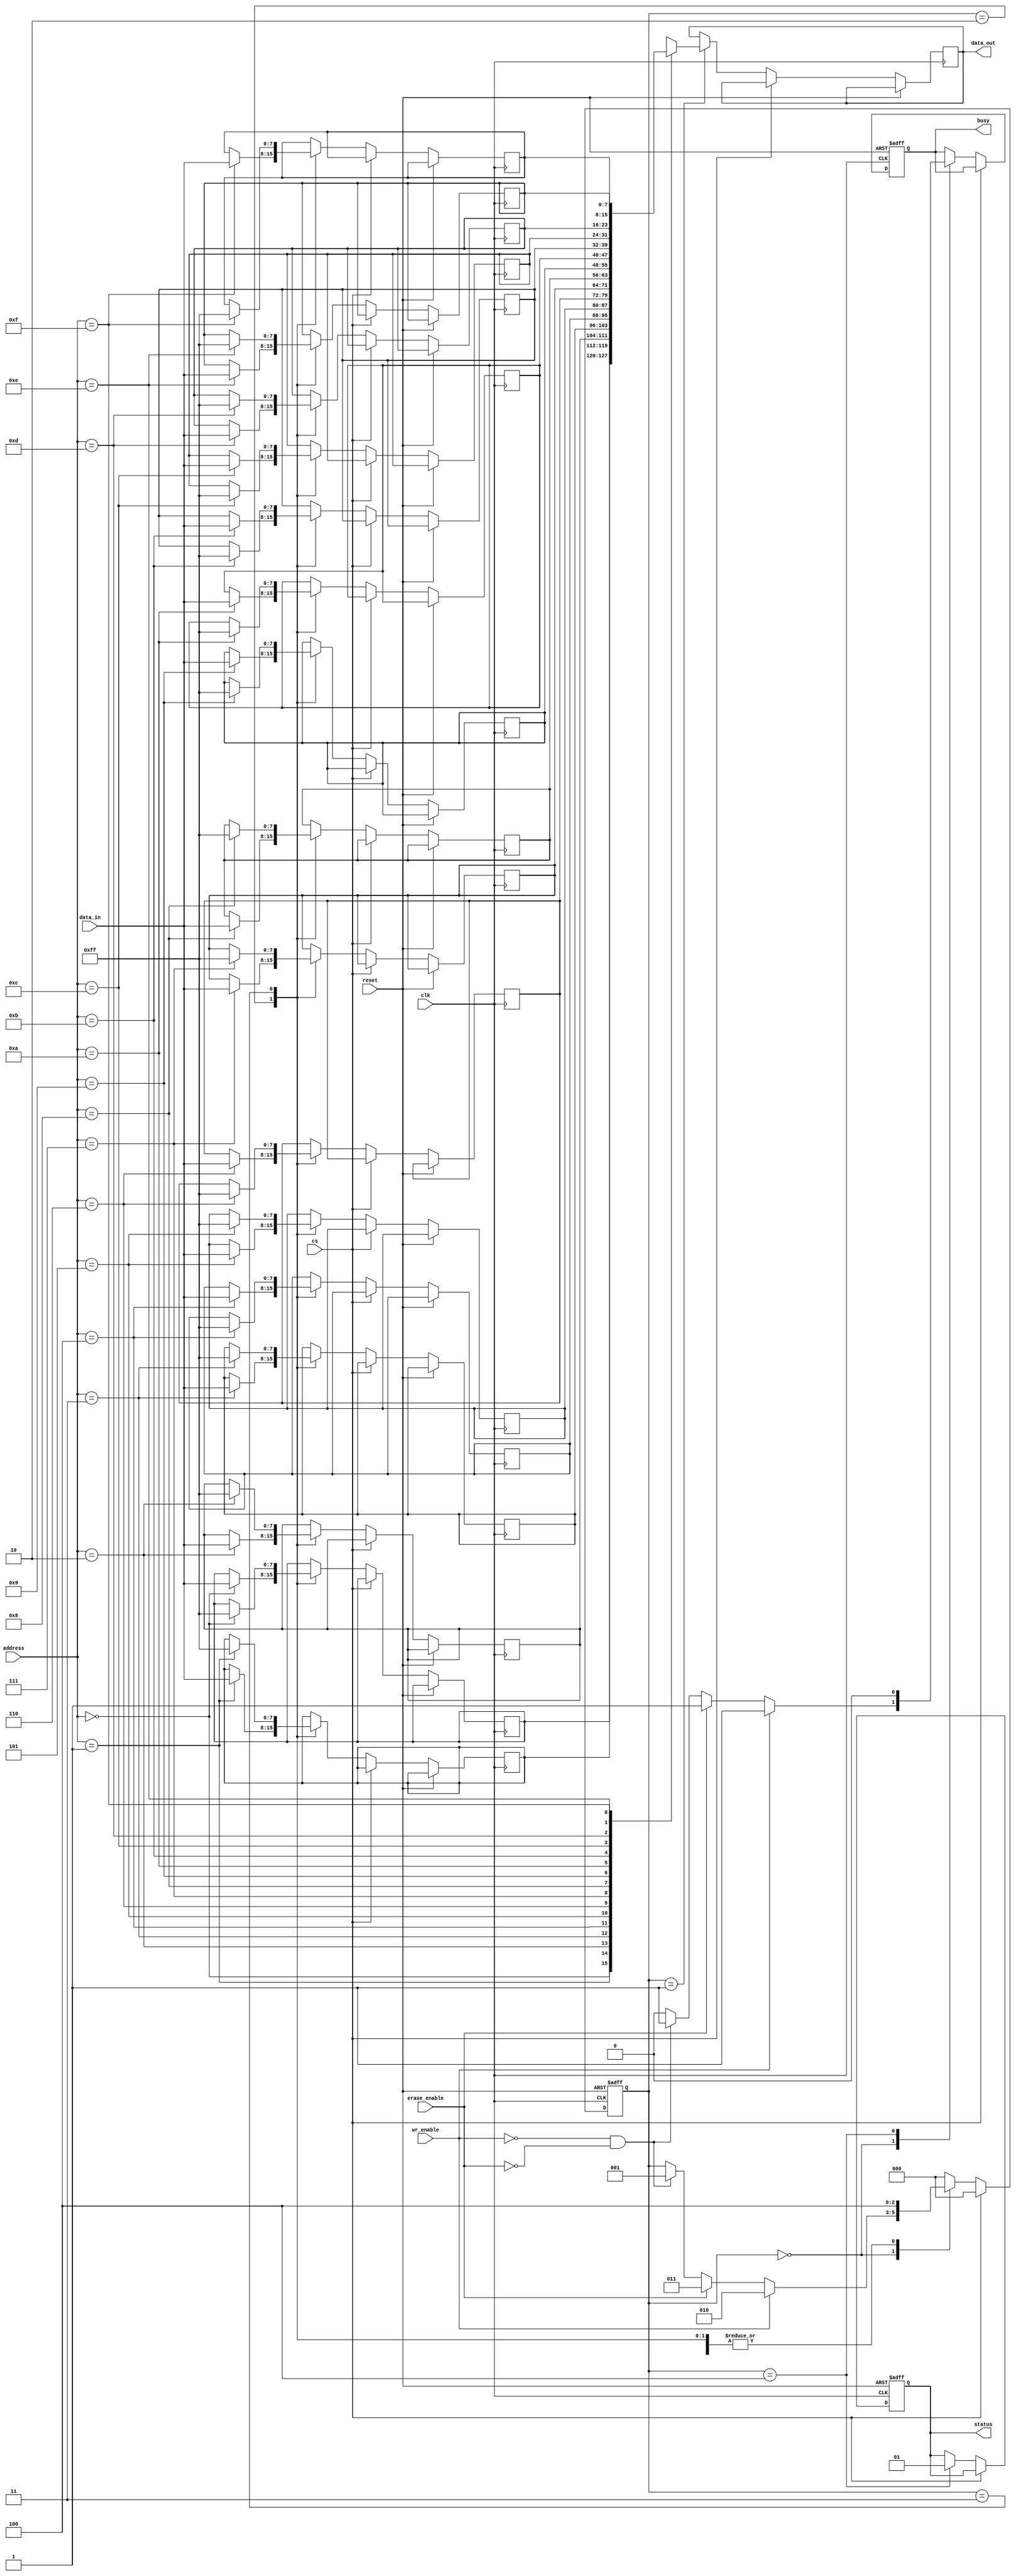
module FlashEEPROM(
    input wire clk,
    input wire reset,
    input wire cs, // Chip Select
    input wire [3:0] address, // 4-bit address bus, supports 16 locations
    input wire [7:0] data_in, // Input data bus for write operations
    input wire wr_enable, // Write enable signal
    input wire erase_enable, // Erase enable signal
    output reg [7:0] data_out, // Output data bus for read operations
    output reg busy, // Busy signal for operation status
    output reg [1:0] status // Status: 00 = idle, 01 = ready, 10 = busy, 11 = error
);

    reg [7:0] memory [15:0]; // 16x8-bit memory for EEPROM
    reg [2:0] state; // State machine states
    localparam IDLE = 3'b000, READ = 3'b001, WRITE = 3'b010, ERASE = 3'b011, COMPLETE = 3'b100;

    // State machine for Read/Write/Erase operations
    always @(posedge clk or posedge reset) begin
        if (reset) begin
            state <= IDLE;
            busy <= 0;
            status <= 2'b00;
        end else if (!cs) begin
            case (state)
                IDLE: begin
                    busy <= 0;
                    if (wr_enable) begin
                        state <= WRITE;
                        busy <= 1;
                    end else if (erase_enable) begin
                        state <= ERASE;
                        busy <= 1;
                    end else if (!wr_enable && !erase_enable) begin
                        state <= READ;
                        busy <= 1;
                    end
                end
                READ: begin
                    data_out <= memory[address];
                    state <= COMPLETE;
                end
                WRITE: begin
                    memory[address] <= data_in;
                    state <= COMPLETE;
                end
                ERASE: begin
                    // Simple erase operation: set memory block to 0xFF
                    memory[address] <= 8'hFF; // Erasing the specific address
                    state <= COMPLETE;
                end
                COMPLETE: begin
                    busy <= 0;
                    status <= 2'b01; // Ready
                    state <= IDLE;
                end
                default: state <= IDLE;
            endcase
        end else begin
            state <= IDLE; // If chip is deselected, reset state
        end
    end

    // Additional logic to handle status flags can be added here

endmodule